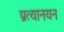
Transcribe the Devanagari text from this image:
प्रत्यानयन